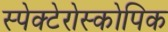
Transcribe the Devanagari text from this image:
स्पेक्टेरोस्कोपिक